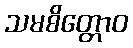
သမစိတ္တောဝ